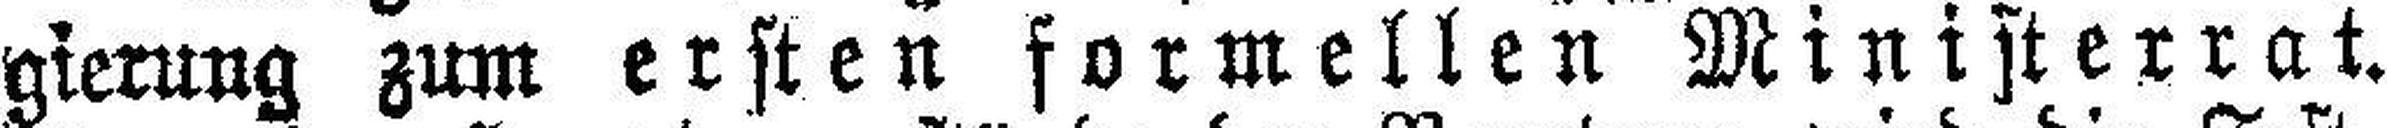
gierung zum ersten formellen Ministerrat.